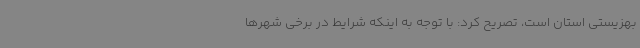
بهزیستی استان است، تصریح کرد: با توجه به اینکه شرایط در برخی شهرها